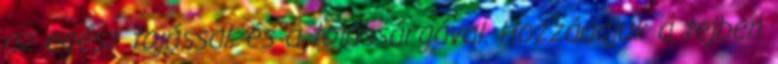
az egész tojással, és a tojássárgával. Hozzáadjuk a tejben